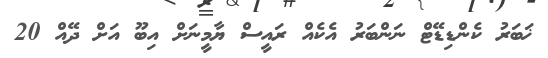
ޚަބަރު ކެންޑިޑޭޓް ނަންބަރު އެކެއް ރައީސް ޔާމީނަށް އިބޫ އަށް ދޭއް 20